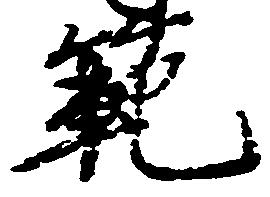
範